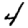
Digit: 4